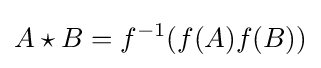
A\star B=f^{-1}(f(A)f(B))